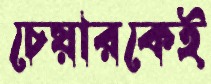
চেয়ারকেই